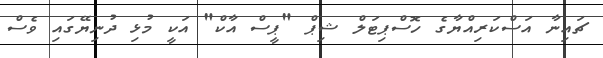
ޗައިނާ އަސްކަރިއްޔާގެ ހޮސްޕިޓަލް ޝިޕް "ޕީސް އާކް" އަކީ މުޅި ދުނިޔޭގައި ވެސް